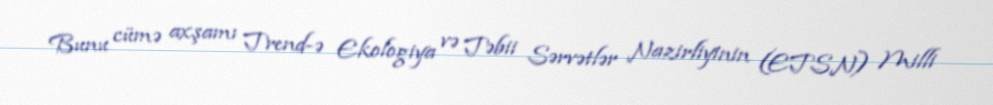
Bunu cümə axşamı Trend-ə Ekologiya və Təbii Sərvətlər Nazirliyinin (ETSN) Milli